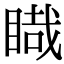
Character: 睵